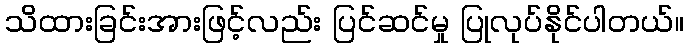
သိထားခြင်းအားဖြင့်လည်း ပြင်ဆင်မှု ပြုလုပ်နိုင်ပါတယ်။